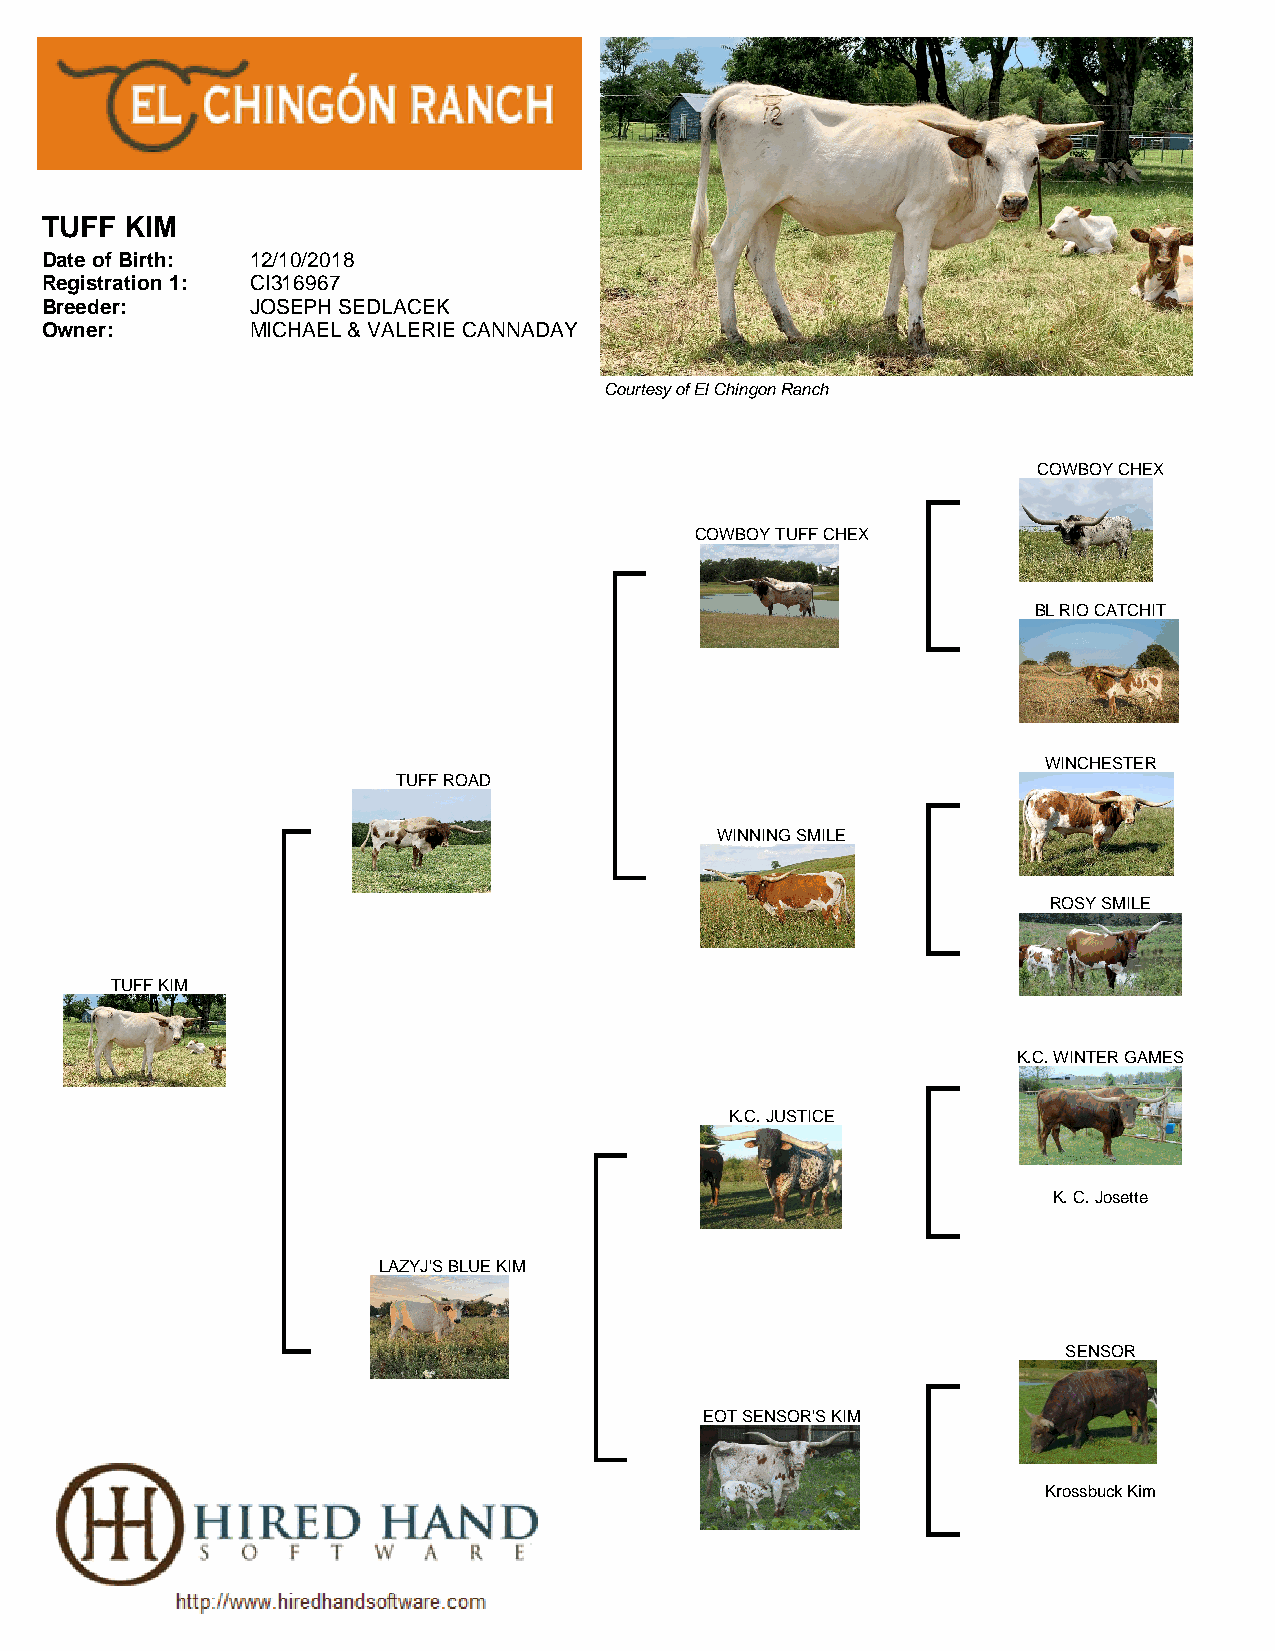
TUFF KIM
 Date of Birth: 12/10/2018
 Registration 1: CI316967
 Breeder:      JOSEPH SEDLACEK
 Owner:        MICHAEL & VALERIE CANNADAY
 Courtesy of El Chingon Ranch
 COWBOY CHEX
 COWBOY TUFF CHEX
 BL RIO CATCHIT
 WINCHESTER
 TUFF ROAD
 WINNING SMILE
 ROSY SMILE
 TUFF KIM
 K.C. WINTER GAMES
 K.C. JUSTICE
 K. C. Josette
 LAZYJ'S BLUE KIM
 SENSOR
 EOT SENSOR'S KIM
 Krossbuck Kim